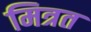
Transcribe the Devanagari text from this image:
मित्रत